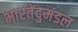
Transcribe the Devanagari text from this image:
भारतेंदुमंडल